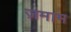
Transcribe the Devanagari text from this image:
ज़माम